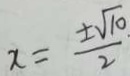
x = \frac { \pm \sqrt { 1 0 } } { 2 } \cdot